On kala azar, malaria and malarial cachexia - Number 19
Disease focus: Malaria
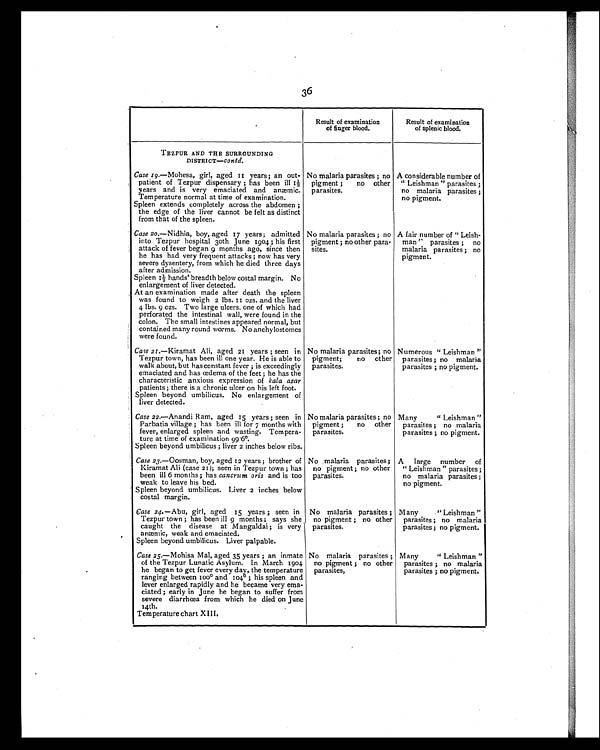
36
.
Result of examination
of finger blood,
Result of examination
of splenic blood.
TEZPUR AND THE SURROUNDING
DISTRICT—Contd.
Case 19.—Mohesa, girl, aged 11 years; an out-
patient of Tezpur dispensary ; has been ill 11/2
years and is very emaciated and anæmic.
Temperature normal at time of examination.
Spleen extends completely across the abdomen ;
the edge of the liver cannot be felt as distinct
from that of the spleen.
No malaria parasites ; no
pigment ;
no other
parasites.
A considerable number of
" Leishman " parasites ;
no malaria parasites ;
no pigment.
Case 20.—Nidhia, boy, aged 17 years; admitted
into Tezpur hospital 30th June 1904 ; his first
attack of fever began 9 months ago, since then
he has had very frequent attacks ; now has very
severe dysentery, from which he died three days
after admission.
Spleen 11/2 hands' breadth below costal margin. N o
enlargement of liver detected.
At an examination made after death the spleen
was found to weigh 2 lbs. 11 ozs. and the liver
4 lbs. 9 ozs. Two large ulcers, one of which had
perforated the intestinal wall, were found in the
colon. The small intestines appeared normal, but
contained many round worms. No anchylostomes
were found.
No malaria parasites ; no
pigment ; no other para-
sites.
A fair number of " Leish-
man " parasites ; no
malaria parasites ; no
pigment.
Case 21.—Kiramat Ali, aged 21 years ; seen in
Tezpur town, has been ill one year. He is able to
walk about, but has constant fever ; is exceedingly
emaciated and has œdema of the feet ; he has the
characteristic anxious expression of kala azar
patients ; there is a chronic ulcer on his left foot.
Spleen beyond umbilicus. No enlargement of
liver detected.
No malaria parasites; no
pigment;
no ether
parasites.
Numerous " Leishman "
parasites; no malaria
parasites ; no pigment.
Case 22.—Anandi Ram, aged is years ; seen in
Parbatia village ; has been ill for 7 months with
fever, enlarged spleen and wasting. Tempera-
ture at time of examination 99.6°.
Spleen beyond umbilicus ; liver 2 inches below ribs.
No malaria parasites; no
pigment ;
no other
parasites.
Many
"Leishman "
parasites ; no malaria
parasites ; no pigment.
Case 23.—Oosman, boy, aged 12 years ; brother of
Kiramat Ali (case 21); seen in Tezpur town ; has
been ill 6 months ; has cancrum oris and is too
weak to leave his bed.
Spleen beyond umbilicus. Liver 2 inches below
costal margin.
No ,malaria parasites; ;
no pigment ; no other
parasites.
A large number of
" Leishman " parasites;
no malaria parasites ;
no pigment.
Case 24.—Abu, girl, aged 15 years ; seen in
Tezpur town ; has been ill 9 months ; says she
caught the disease at Mangaldai ; is very
anæmic, weak and emaciated.
Spleen beyond umbilicus. Liver palpable.
No malaria parasites ;
no pigment ; no other
parasites.
Many
" Leishman "
parasites ; no malaria
parasites ; no pigment.
Case 25.—Mohisa Mal, aged 35 years ;a n i n m a t e
of the Tezpur Lunatic Asylum. In March 1904
he began to get fever every day, the temperature
ranging between 100° and 104° ; his spleen and
lever enlarged rapidly and he became very ema-
ciated ; early in June he began to suffer from
severe diarrhoea from which he died on June
14th.
.
Temperature chart XIII.
No malaria parasites ;
no pigment ; no other
parasites,
Many
" Leishman "
parasites ; no malaria
parasites ; no pigment.